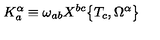
K _ { a } ^ { \alpha } \equiv \omega _ { a b } X ^ { b c } \bigr \{ T _ { c } , \Omega ^ { \alpha } \bigr \}